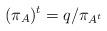
LaTeX: \begin{align*}(\pi_A)^t=q/\pi_{A^t}\end{align*}